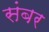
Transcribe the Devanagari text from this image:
संबर